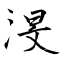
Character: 渂